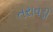
તરાવડી